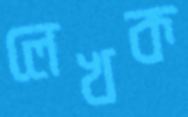
লেখক